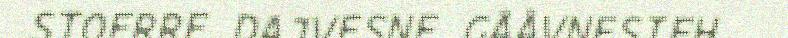
STOERRE DAJVESNE GÅÅVNESIEH.